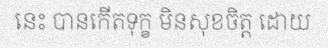
នេះ បានកើតទុក្ខ មិនសុខចិត្ត ដោយ